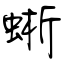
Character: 蜥